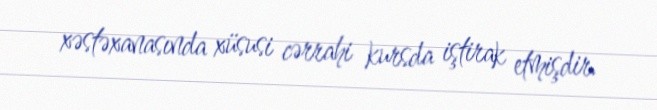
xəstəxanasında xüsusi cərrahi kursda iştirak etmişdir.